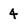
Character: 4